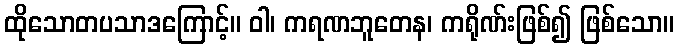
ထိုသောတပသာဒကြောင့်။ ဝါ၊ ကရဏဘူတေန၊ ကရိုဏ်းဖြစ်၍ ဖြစ်သော။